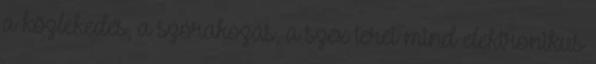
a közlekedés, a szórakozás, a szex terei mind elektronikus